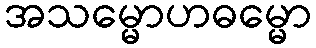
အသမ္မောဟဓမ္မော